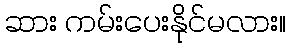
ဆား ကမ်းပေးနိုင်မလား။